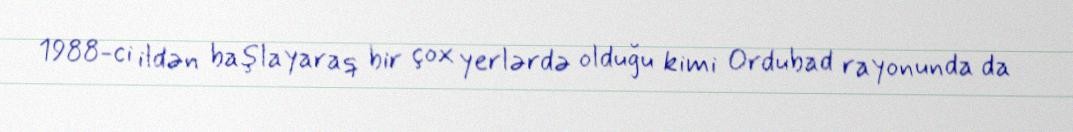
1988-ci ildən başlayaraq bir çox yerlərdə olduğu kimi Ordubad rayonunda da